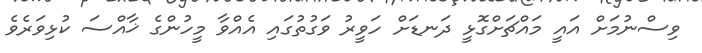
ވިސްނުމަށް އައީ މައްޗަށްގޮޅީ ދަނޑަށް ހަވީރު ވަގުތުގައި އެއްވާ މީހުންގެ ޚާއްސަ ކުޅިވަރެވެ